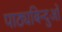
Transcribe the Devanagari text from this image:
पाठ्यबिन्दुओं